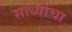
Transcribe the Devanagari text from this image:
साध्वीचा